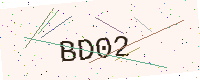
Text: BD02